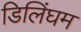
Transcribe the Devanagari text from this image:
डिलिंघम